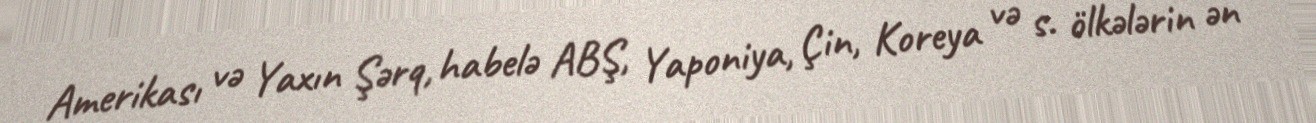
Amerikası və Yaxın Şərq, habelə ABŞ, Yaponiya, Çin, Koreya və s. ölkələrin ən